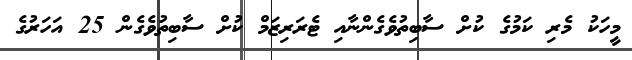
މީހަކު މެރި ކަމުގެ ކުށް ސާބިތުވެގެންނާއި ޓެރަރިޒަމް ކުށް ސާބިތުވެގެން 25 އަހަރުގެ